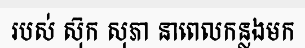
របស់ ស៊ុក សុភា នាពេលកន្លងមក